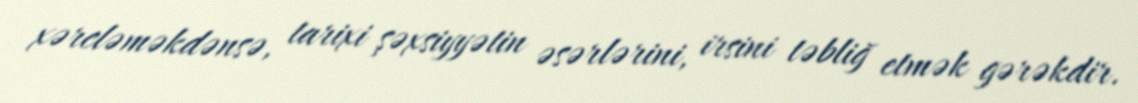
xərcləməkdənsə, tarixi şəxsiyyətin əsərlərini, irsini təbliğ etmək gərəkdir.